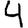
Digit: 4